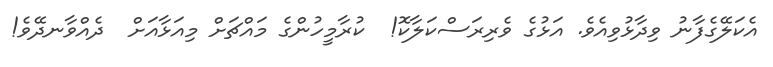
އެކަލޭގެފާނު ވިދާޅުވިއެވެ. އަޅުގެ ވެރިރަސްކަލާކޮ!  ކުރާމީހުންގެ މައްޗަށް މިއަޅާއަށް  ދެއްވާނދޭވެ!